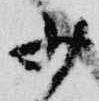
少